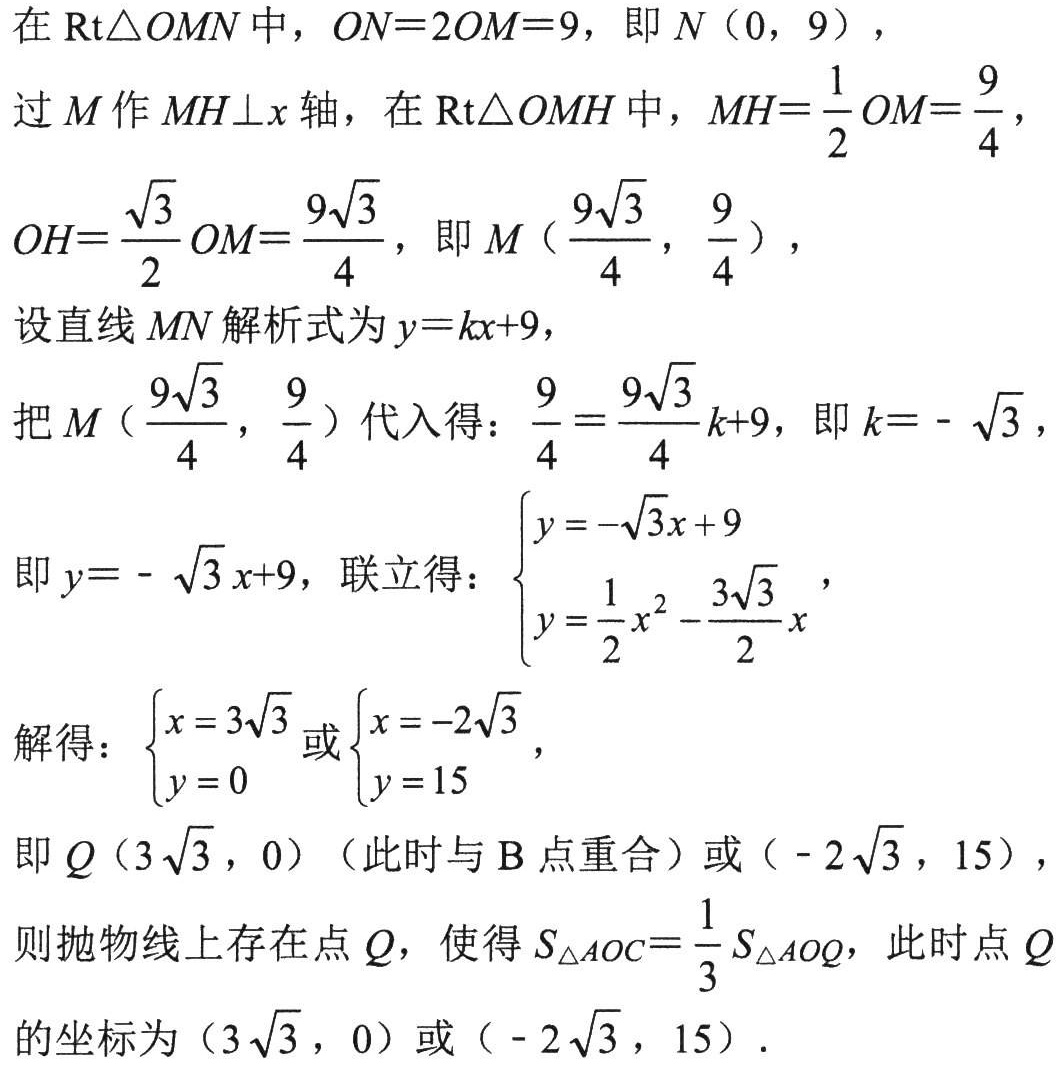
在 \(\text{Rt}\triangle  OMN\) 中，\(ON = 2OM=9\)，即 \(N(0,9)\)，
过 \(M\) 作 \(MH\perp x\) 轴，在 \(\text{Rt}\triangle  OMH\) 中，\(MH=\frac{1}{2}OM = \frac{9}{4}\)，
\(OH=\frac{\sqrt{3}}{2}OM=\frac{9\sqrt{3}}{4}\)，即 \(M(\frac{9\sqrt{3}}{4},\frac{9}{4})\)，
设直线 \(MN\) 解析式为 \(y = kx + 9\)，
把 \(M(\frac{9\sqrt{3}}{4},\frac{9}{4})\) 代入得：\(\frac{9}{4}=\frac{9\sqrt{3}}{4}k + 9\)，即 \(k=-\sqrt{3}\)，
即 \(y=-\sqrt{3}x + 9\)，联立得：\(\begin{cases}y = -\sqrt{3}x+9\\y=\frac{1}{2}x^{2}-\frac{3\sqrt{3}}{2}x\end{cases}\)，
解得：\(\begin{cases}x = 3\sqrt{3}\\y = 0\end{cases}\) 或 \(\begin{cases}x=-2\sqrt{3}\\y = 15\end{cases}\)，
即 \(Q(3\sqrt{3},0)\)（此时与 \(B\) 点重合）或 \((-2\sqrt{3},15)\)，
则抛物线上存在点 \(Q\)，使得 \(S_{\triangle AOC}=\frac{1}{3}S_{\triangle AOQ}\)，此时点 \(Q\) 的坐标为 \((3\sqrt{3},0)\) 或 \((-2\sqrt{3},15)\)．